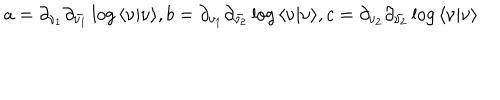
a = { \partial _ { \nu _ { 1 } } } { \partial _ { \bar { \nu _ { 1 } } } } \log { \langle \nu \vert \nu \rangle } , b = { \partial _ { \nu _ { 1 } } } { \partial _ { \bar { \nu _ { 2 } } } } \log { \langle \nu \vert \nu \rangle } , c = { \partial _ { \nu _ { 2 } } } { \partial _ { \bar { \nu _ { 2 } } } } \log { \langle \nu \vert \nu \rangle }